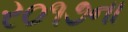
ર૦૧૭ના